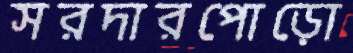
সরদারপোড়ো